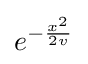
e^{-{\frac {x^{2}}{2v}}}